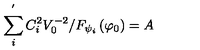
\sum _ { i } ^ { ^ { \prime } } C _ { i } ^ { 2 } V _ { 0 } ^ { - 2 } / F _ { \psi _ { i } } \left( \varphi _ { 0 } \right) = A